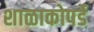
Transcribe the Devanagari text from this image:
शाळाकोपर्डे